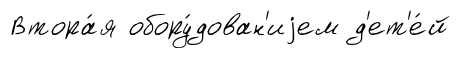
Втора́я обору́дован'иjем д'ет'е́й